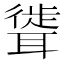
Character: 𫆎